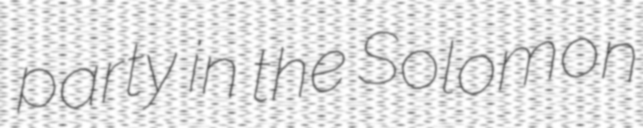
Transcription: party in the Solomon